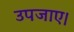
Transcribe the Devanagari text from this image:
उपजाए।